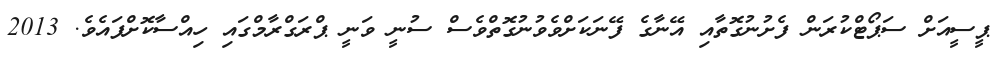
ޕީސީއަށް ސަޕޯޓްކުރަން ފެށުނުގޮތާއި އޭނާގެ ފޭނަކަށްވެވުނުގޮތްވެސް ސުނީ ވަނީ ޕްރަގްރާމްގައި ހިއްސާކޮށްފައެވެ. 2013